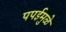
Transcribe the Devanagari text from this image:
पपईमुळे